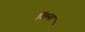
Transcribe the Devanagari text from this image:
दिम्ना